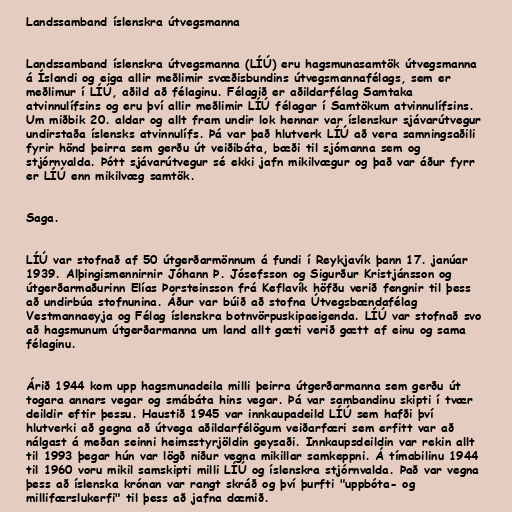
Landssamband íslenskra útvegsmanna

Landssamband íslenskra útvegsmanna (LÍÚ) eru hagsmunasamtök útvegsmanna
á Íslandi og eiga allir meðlimir svæðisbundins útvegsmannafélags, sem er
meðlimur í LÍÚ, aðild að félaginu. Félagið er aðildarfélag Samtaka
atvinnulífsins og eru því allir meðlimir LÍÚ félagar í Samtökum atvinnulífsins.
Um miðbik 20. aldar og allt fram undir lok hennar var íslenskur sjávarútvegur
undirstaða íslensks atvinnulífs. Þá var það hlutverk LÍÚ að vera samningsaðili
fyrir hönd þeirra sem gerðu út veiðibáta, bæði til sjómanna sem og
stjórnvalda. Þótt sjávarútvegur sé ekki jafn mikilvægur og það var áður fyrr
er LÍÚ enn mikilvæg samtök.

Saga.

LÍÚ var stofnað af 50 útgerðarmönnum á fundi í Reykjavík þann 17. janúar
1939. Alþingismennirnir Jóhann Þ. Jósefsson og Sigurður Kristjánsson og
útgerðarmaðurinn Elías Þorsteinsson frá Keflavík höfðu verið fengnir til þess
að undirbúa stofnunina. Áður var búið að stofna Útvegsbændafélag
Vestmannaeyja og Félag íslenskra botnvörpuskipaeigenda. LÍÚ var stofnað svo
að hagsmunum útgerðarmanna um land allt gæti verið gætt af einu og sama
félaginu.

Árið 1944 kom upp hagsmunadeila milli þeirra útgerðarmanna sem gerðu út
togara annars vegar og smábáta hins vegar. Þá var sambandinu skipti í tvær
deildir eftir þessu. Haustið 1945 var innkaupadeild LÍÚ sem hafði því
hlutverki að gegna að útvega aðildarfélögum veiðarfæri sem erfitt var að
nálgast á meðan seinni heimsstyrjöldin geysaði. Innkaupsdeildin var rekin allt
til 1993 þegar hún var lögð niður vegna mikillar samkeppni. Á tímabilinu 1944
til 1960 voru mikil samskipti milli LÍÚ og íslenskra stjórnvalda. Það var vegna
þess að íslenska krónan var rangt skráð og því þurfti "uppbóta- og
millifærslukerfi" til þess að jafna dæmið.